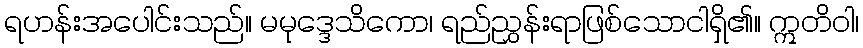
ရဟန်းအပေါင်းသည်။ မမုဒ္ဒေသိကော၊ ရည်ညွှန်းရာဖြစ်သောငါရှိ၏။ ဣတိဝါ၊